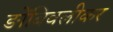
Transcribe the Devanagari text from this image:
ङोंबिवलीकर